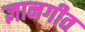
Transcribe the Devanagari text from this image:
ज्ञानगीत